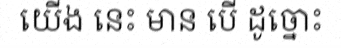
យើង នេះ មាន បើ ដូច្នោះ